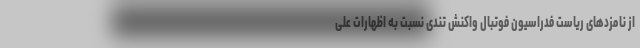
از نامزدهای ریاست فدراسیون فوتبال واکنش تندی نسبت به اظهارات علی